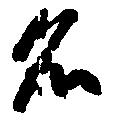
名